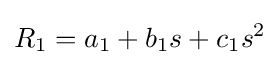
R_{1}=a_{1}+b_{1}s+c_{1}s^{2}